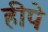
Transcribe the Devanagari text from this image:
हीपे